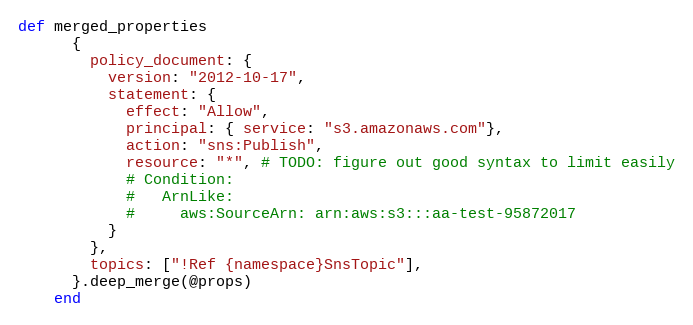
Language: Ruby
def merged_properties
      {
        policy_document: {
          version: "2012-10-17",
          statement: {
            effect: "Allow",
            principal: { service: "s3.amazonaws.com"},
            action: "sns:Publish",
            resource: "*", # TODO: figure out good syntax to limit easily
            # Condition:
            #   ArnLike:
            #     aws:SourceArn: arn:aws:s3:::aa-test-95872017
          }
        },
        topics: ["!Ref {namespace}SnsTopic"],
      }.deep_merge(@props)
    end